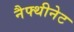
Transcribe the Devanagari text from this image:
नैफ्थीनेट